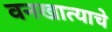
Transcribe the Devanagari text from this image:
वनखात्याचे